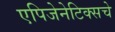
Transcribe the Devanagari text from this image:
एपिजेनेटिक्सचे